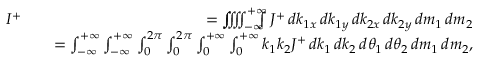
\begin{array} { r l r } { I ^ { + } } & { } & { = \int \! \! \! \! \! \iiiint \displaylimits _ { - \infty } ^ { + \infty } \! \! \! \! \! \int J ^ { + } \, d k _ { 1 x } \, d k _ { 1 y } \, d k _ { 2 x } \, d k _ { 2 y } \, d m _ { 1 } \, d m _ { 2 } } \\ & { } & { = \int \displaylimits _ { - \infty } ^ { + \infty } \int \displaylimits _ { - \infty } ^ { + \infty } \int \displaylimits _ { 0 } ^ { 2 \pi } \int \displaylimits _ { 0 } ^ { 2 \pi } \int \displaylimits _ { 0 } ^ { + \infty } \int \displaylimits _ { 0 } ^ { + \infty } k _ { 1 } k _ { 2 } J ^ { + } \, d k _ { 1 } \, d k _ { 2 } \, d \theta _ { 1 } \, d \theta _ { 2 } \, d m _ { 1 } \, d m _ { 2 } , } \end{array}